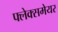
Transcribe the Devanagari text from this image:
फ्लेक्समेयर